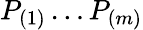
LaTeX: P_{(1)}\ldots P_{(m)}